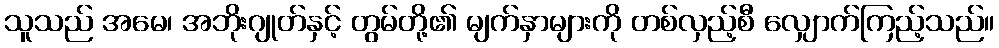
သူသည် အမေ၊ အဘိုးဂျုတ်နှင့် တွမ်တို့၏ မျက်နှာများကို တစ်လှည့်စီ လျှောက်ကြည့်သည်။